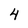
Character: 4